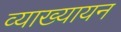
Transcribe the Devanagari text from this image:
व्याख्यायन